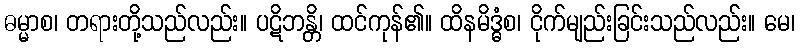
ဓမ္မာစ၊ တရားတို့သည်လည်း။ ပဋိဘန္တိ၊ ထင်ကုန်၏။ ထိနမိဒ္ဓံစ၊ ငိုက်မျည်းခြင်းသည်လည်း။ မေ၊